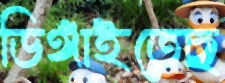
ডিঙ্গাইতেছ